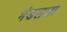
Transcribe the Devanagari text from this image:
मंडलला